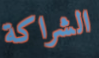
الشراكة